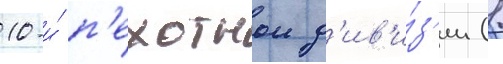
10-и́ п'ехотнои д'ив'и́з'ии (1